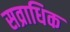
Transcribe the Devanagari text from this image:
सव्राधिक